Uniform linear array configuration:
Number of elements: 24
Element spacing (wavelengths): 1
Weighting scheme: hann
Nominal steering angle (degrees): -15
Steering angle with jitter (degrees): -15.413
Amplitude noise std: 0.05
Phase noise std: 0.05

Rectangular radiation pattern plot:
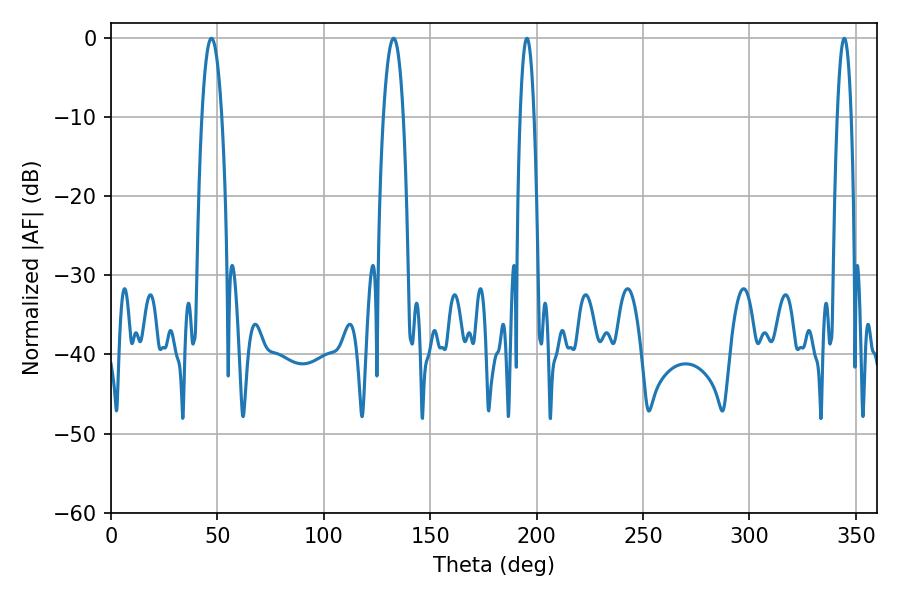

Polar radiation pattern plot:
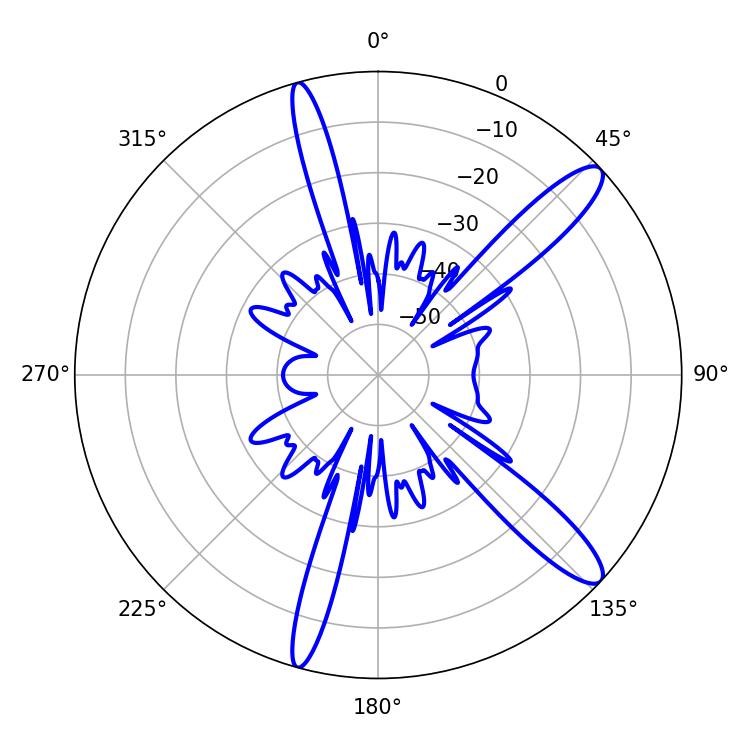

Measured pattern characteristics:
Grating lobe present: TRUE
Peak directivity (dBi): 12.736
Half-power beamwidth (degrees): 5.22
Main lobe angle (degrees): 47.16